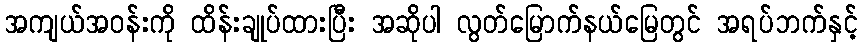
အကျယ်အဝန်းကို ထိန်းချုပ်ထားပြီး အဆိုပါ လွတ်မြောက်နယ်မြေတွင် အရပ်ဘက်နှင့်